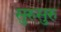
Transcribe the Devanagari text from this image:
सुरुसुरु